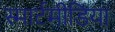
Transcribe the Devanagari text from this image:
स्मार्टमीडिया